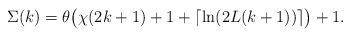
\begin{align*}\Sigma(k)=\theta\big(\chi(2k+1)+1+\lceil \ln(2L(k+1))\rceil\big)+1.\end{align*}